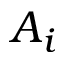
A _ { i }